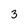
Character: 3